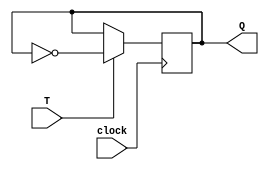
module TLatch (
    input T,
    input clock,
    output reg Q
);

always @(posedge clock) begin
    if (T) begin
        Q <= ~Q;
    end
end

endmodule